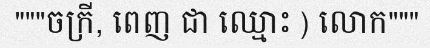
"""ចក្រី, ពេញ ជា ឈ្មោះ ) លោក"""